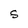
Character: S